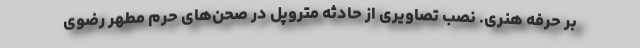
بر حرفه هنری. نصب تصاویری از حادثه متروپل در صحن‌های حرم مطهر رضوی